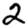
Digit: 2